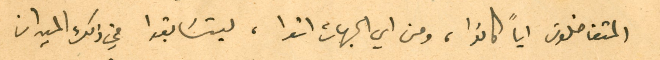
المتفاضلون اياً كانوا، ومن اي الجهات اتوا، ليتسَابقوا في ذلك الميدان